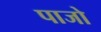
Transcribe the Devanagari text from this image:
पाजो